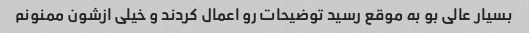
بسیار عالی بو به موقع رسید توضیحات رو اعمال کردند و خیلی ازشون ممنونم